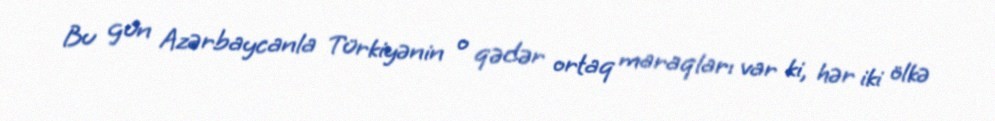
Bu gün Azərbaycanla Türkiyənin o qədər ortaq maraqları var ki, hər iki ölkə